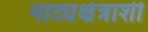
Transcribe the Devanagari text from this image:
नाट्यक्षेत्राशी